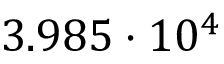
3 . 9 8 5 \cdot 1 0 ^ { 4 }